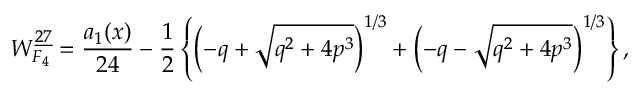
W _ { F _ { 4 } } ^ { \underline { { { 2 7 } } } } = { \frac { a _ { 1 } ( x ) } { 2 4 } } - { \frac { 1 } { 2 } } \left\{ \left( - q + \sqrt { q ^ { 2 } + 4 p ^ { 3 } } \right) ^ { 1 / 3 } + \left( - q - \sqrt { q ^ { 2 } + 4 p ^ { 3 } } \right) ^ { 1 / 3 } \right\} ,